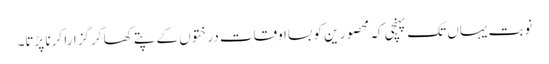
نوبت یہاں تک پہنچی کہ محصور ین کو بسااوقات درختوں کے پتے کھا کر گزارا کرنا پڑتا۔